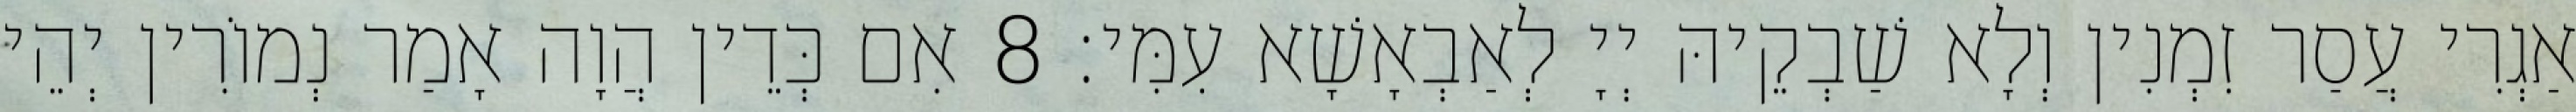
אַגְרִי עֲסַר זִמְנִין וְלָא שַׁבְקֵיהּ יְיָ לְאַבְאָשָׁא עִמִּי׃ 8 אִם כְּדֵין הֲוָה אָמַר נְמוֹרִין יְהֵי